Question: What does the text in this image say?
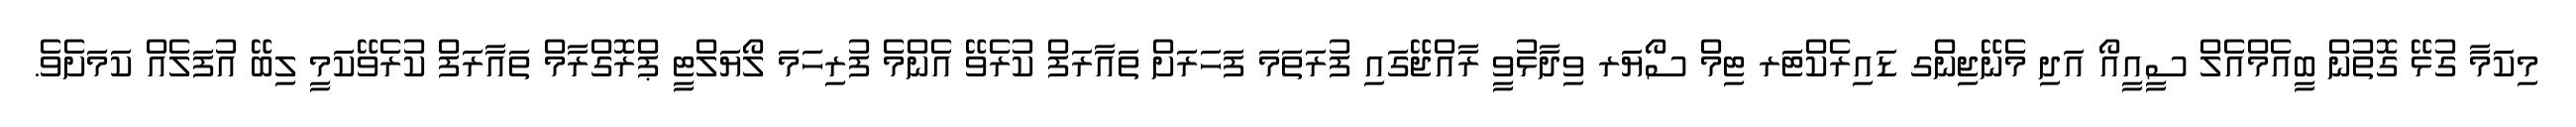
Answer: މިކަމާ ގުޅޭ ގޮތުން ބީއެމްއެލް ސީއީއޯ އަދި މެނޭޖިންގ ޑައިރެކްޓަރ ޓިމް ސޯޔަރ ވިދާޅުވީ ރާއްޖޭގައި ފުރަތަމަ ފަހަރަށް ތައާރަފް ކުރެވޭ އެންމެ ފުރިހަމަ ލޯޔަލްޓީ ޕްރޮގްރާމް ތައާރަފް ކުރެވޭކަމީ ލިބޭ އުފަލެއް ކަމަށެވެ.